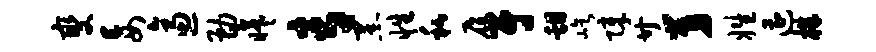
燮妄逼勘曦青黑性私履尉甜屹障廿舅姓遭株